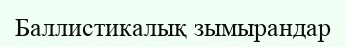
Баллистикалық зымырандар